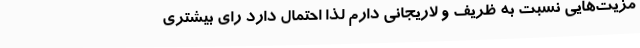
مزیت‌هایی نسبت به ظریف و لاریجانی دارم لذا احتمال دارد رای بیشتری